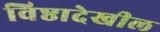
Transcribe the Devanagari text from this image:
विष्ठादेखील